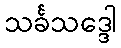
သင်္ခသဒ္ဒေါ